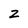
Character: z